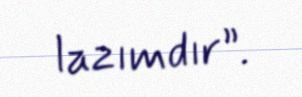
lazımdır”.